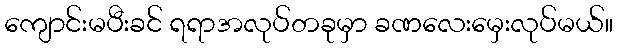
ကျောင်းမပီးခင် ရရာအလုပ်တခုမှာ ခဏလေးမှေးလုပ်မယ်။